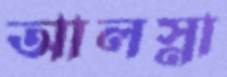
আলস্না